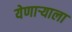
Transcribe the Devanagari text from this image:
येणार्‍याला